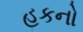
હકનો